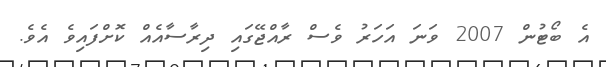
އެ ބޯޓުން 2007 ވަނަ އަހަރު ވެސް ރާއްޖޭގައި ދިރާސާއެއް ކޮށްފައިވެ އެވެ.